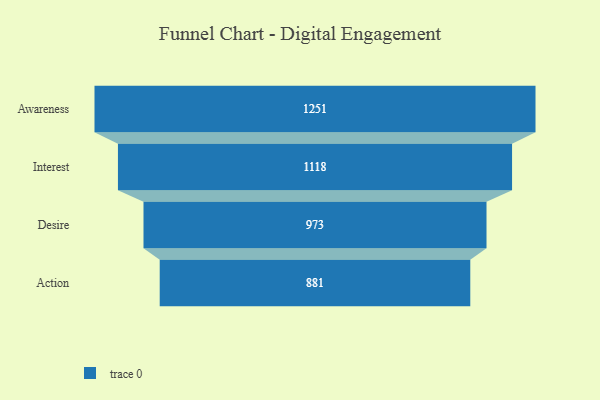
{"axis": {"x": "Stage", "y": "Value"}, "legend": [""], "data": [{"x": "Awareness", "y": 1251.0, "type": ""}, {"x": "Interest", "y": 1118.0, "type": ""}, {"x": "Desire", "y": 973.0, "type": ""}, {"x": "Action", "y": 881.0, "type": ""}]}